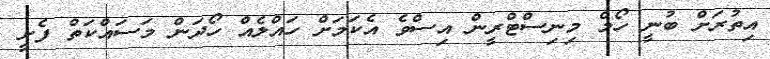
އިތުރަށް ބުނީ ހޯމް މިނިސްޓްރީން އިސްވެ އެކަމަށް ހައްލެއް ހޯދަން މަސައްކަތް ފެށީ